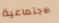
الاجتماعية